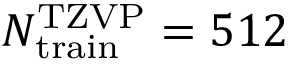
N _ { \mathrm { t r a i n } } ^ { \mathrm { T Z V P } } = 5 1 2